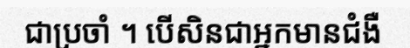
ជាប្រចាំ ។ បើសិនជាអ្នកមានជំងឺ